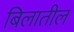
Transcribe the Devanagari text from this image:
बिलातील